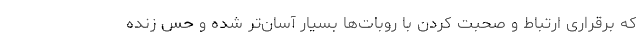
که برقراری ارتباط و صحبت کردن با روبات‌ها بسیار آسان‌تر شده و حس زنده